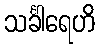
သင်္ခါရေဟိ